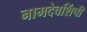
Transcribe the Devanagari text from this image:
नामदेवशिंपी